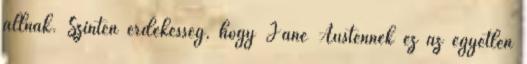
állnak. Szintén érdekesség, hogy Jane Austennek ez az egyetlen